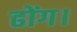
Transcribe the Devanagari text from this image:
ढोंग।